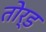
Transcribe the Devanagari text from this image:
तोर्ड